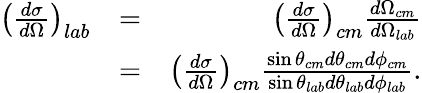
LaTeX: \begin{array}{rlr}{\left(\frac{d\sigma}{d\Omega}\right)_{lab}}&{=}&{\left(\frac{d\sigma}{d\Omega}\right)_{cm}\frac{d\Omega_{cm}}{d\Omega_{lab}}}\\ &{=}&{\left(\frac{d\sigma}{d\Omega}\right)_{cm}\frac{\sin\theta_{cm}d\theta_{cm}d\phi_{cm}}{\sin\theta_{lab}d\theta_{lab}d\phi_{lab}}.}\end{array}